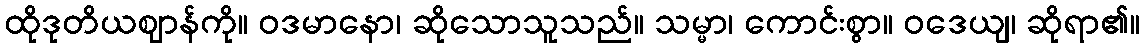
ထိုဒုတိယဈာန်ကို။ ဝဒမာနော၊ ဆိုသောသူသည်။ သမ္မာ၊ ကောင်းစွာ။ ဝဒေယျ၊ ဆိုရာ၏။